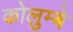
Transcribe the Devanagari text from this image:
कोलुम्बे